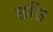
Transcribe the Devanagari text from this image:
छठि